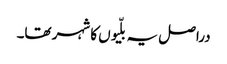
دراصل یہ بلّیوں کا شہر تھا۔